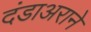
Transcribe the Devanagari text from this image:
दंडाअराने